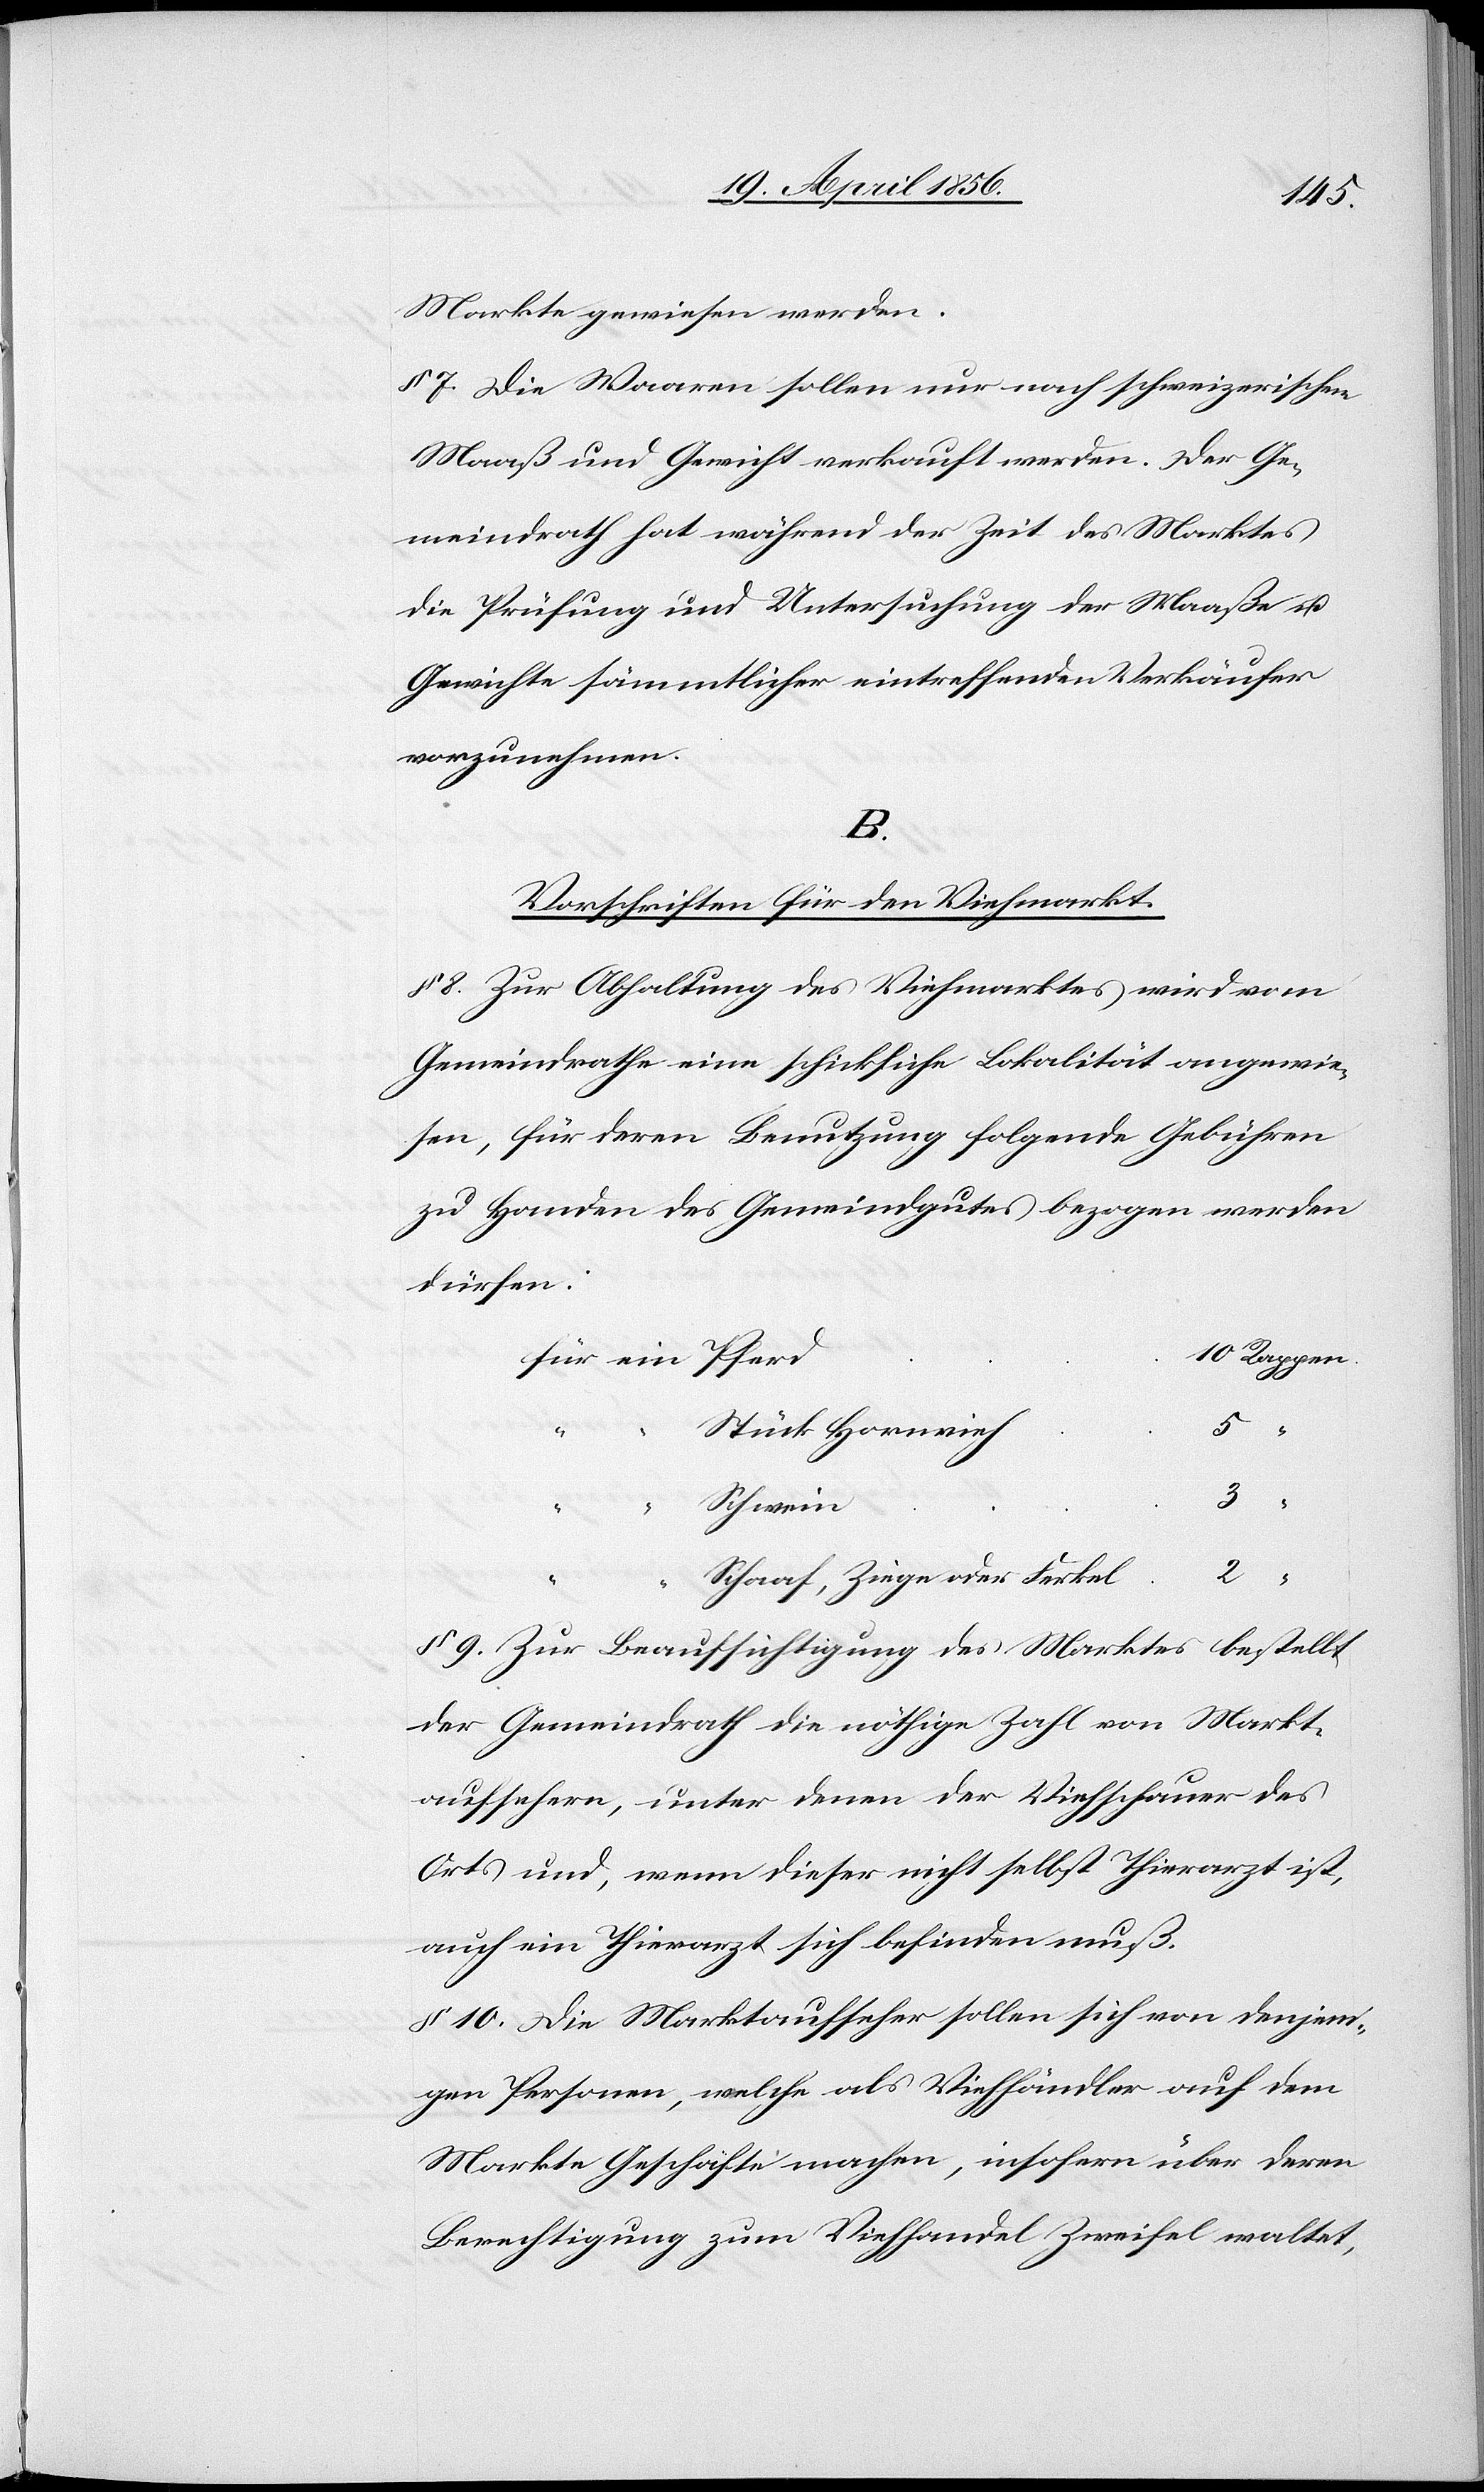
10
Markte gewiesen werden.
§ 7. Die Waaren sollen nur nach schweizerischem
Maaß und Gewicht verkauft werden. Der Ge¬
meindrath hat während der Zeit des Marktes
die Prüfung und Untersuchung der Maaße u.
Gewichte sämmtlicher eintreffenden Verkäufer
vorzunehmen.
B.
Vorschriften für den Viehmarkt.
§ 8. Zur Abhaltung des Viehmarktes wird vom
Gemeindrathe eine schickliche Lokalität angewie¬
sen, für deren Benutzung folgende Gebühren
zu Handen des Gemeindgutes bezogen werden
dürfen:
Rappen.
Stück Hornvieh
5
Schwein
3
Schaaf, Ziege oder Ferkel
§ 9. Zur Beaufsichtigung des Marktes bestellt
der Gemeindrath die nöthige Zahl von Markt¬
aufsehern, unter denen der Viehschauer des
Orts und, wenn dieser nicht selbst Thierarzt ist,
auch ein Thierarzt sich befinden muß.
§ 10. Die Marktaufseher sollen sich von denjeni¬
gen Personen, welche als Viehhändler auf dem
Markte Geschäfte machen, insofern über deren
Berechtigung zum Viehhandel Zweifel waltet,